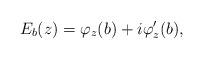
LaTeX: \begin{align*} E_b(z) = \varphi_z(b) + i \varphi'_{z}(b),\end{align*}